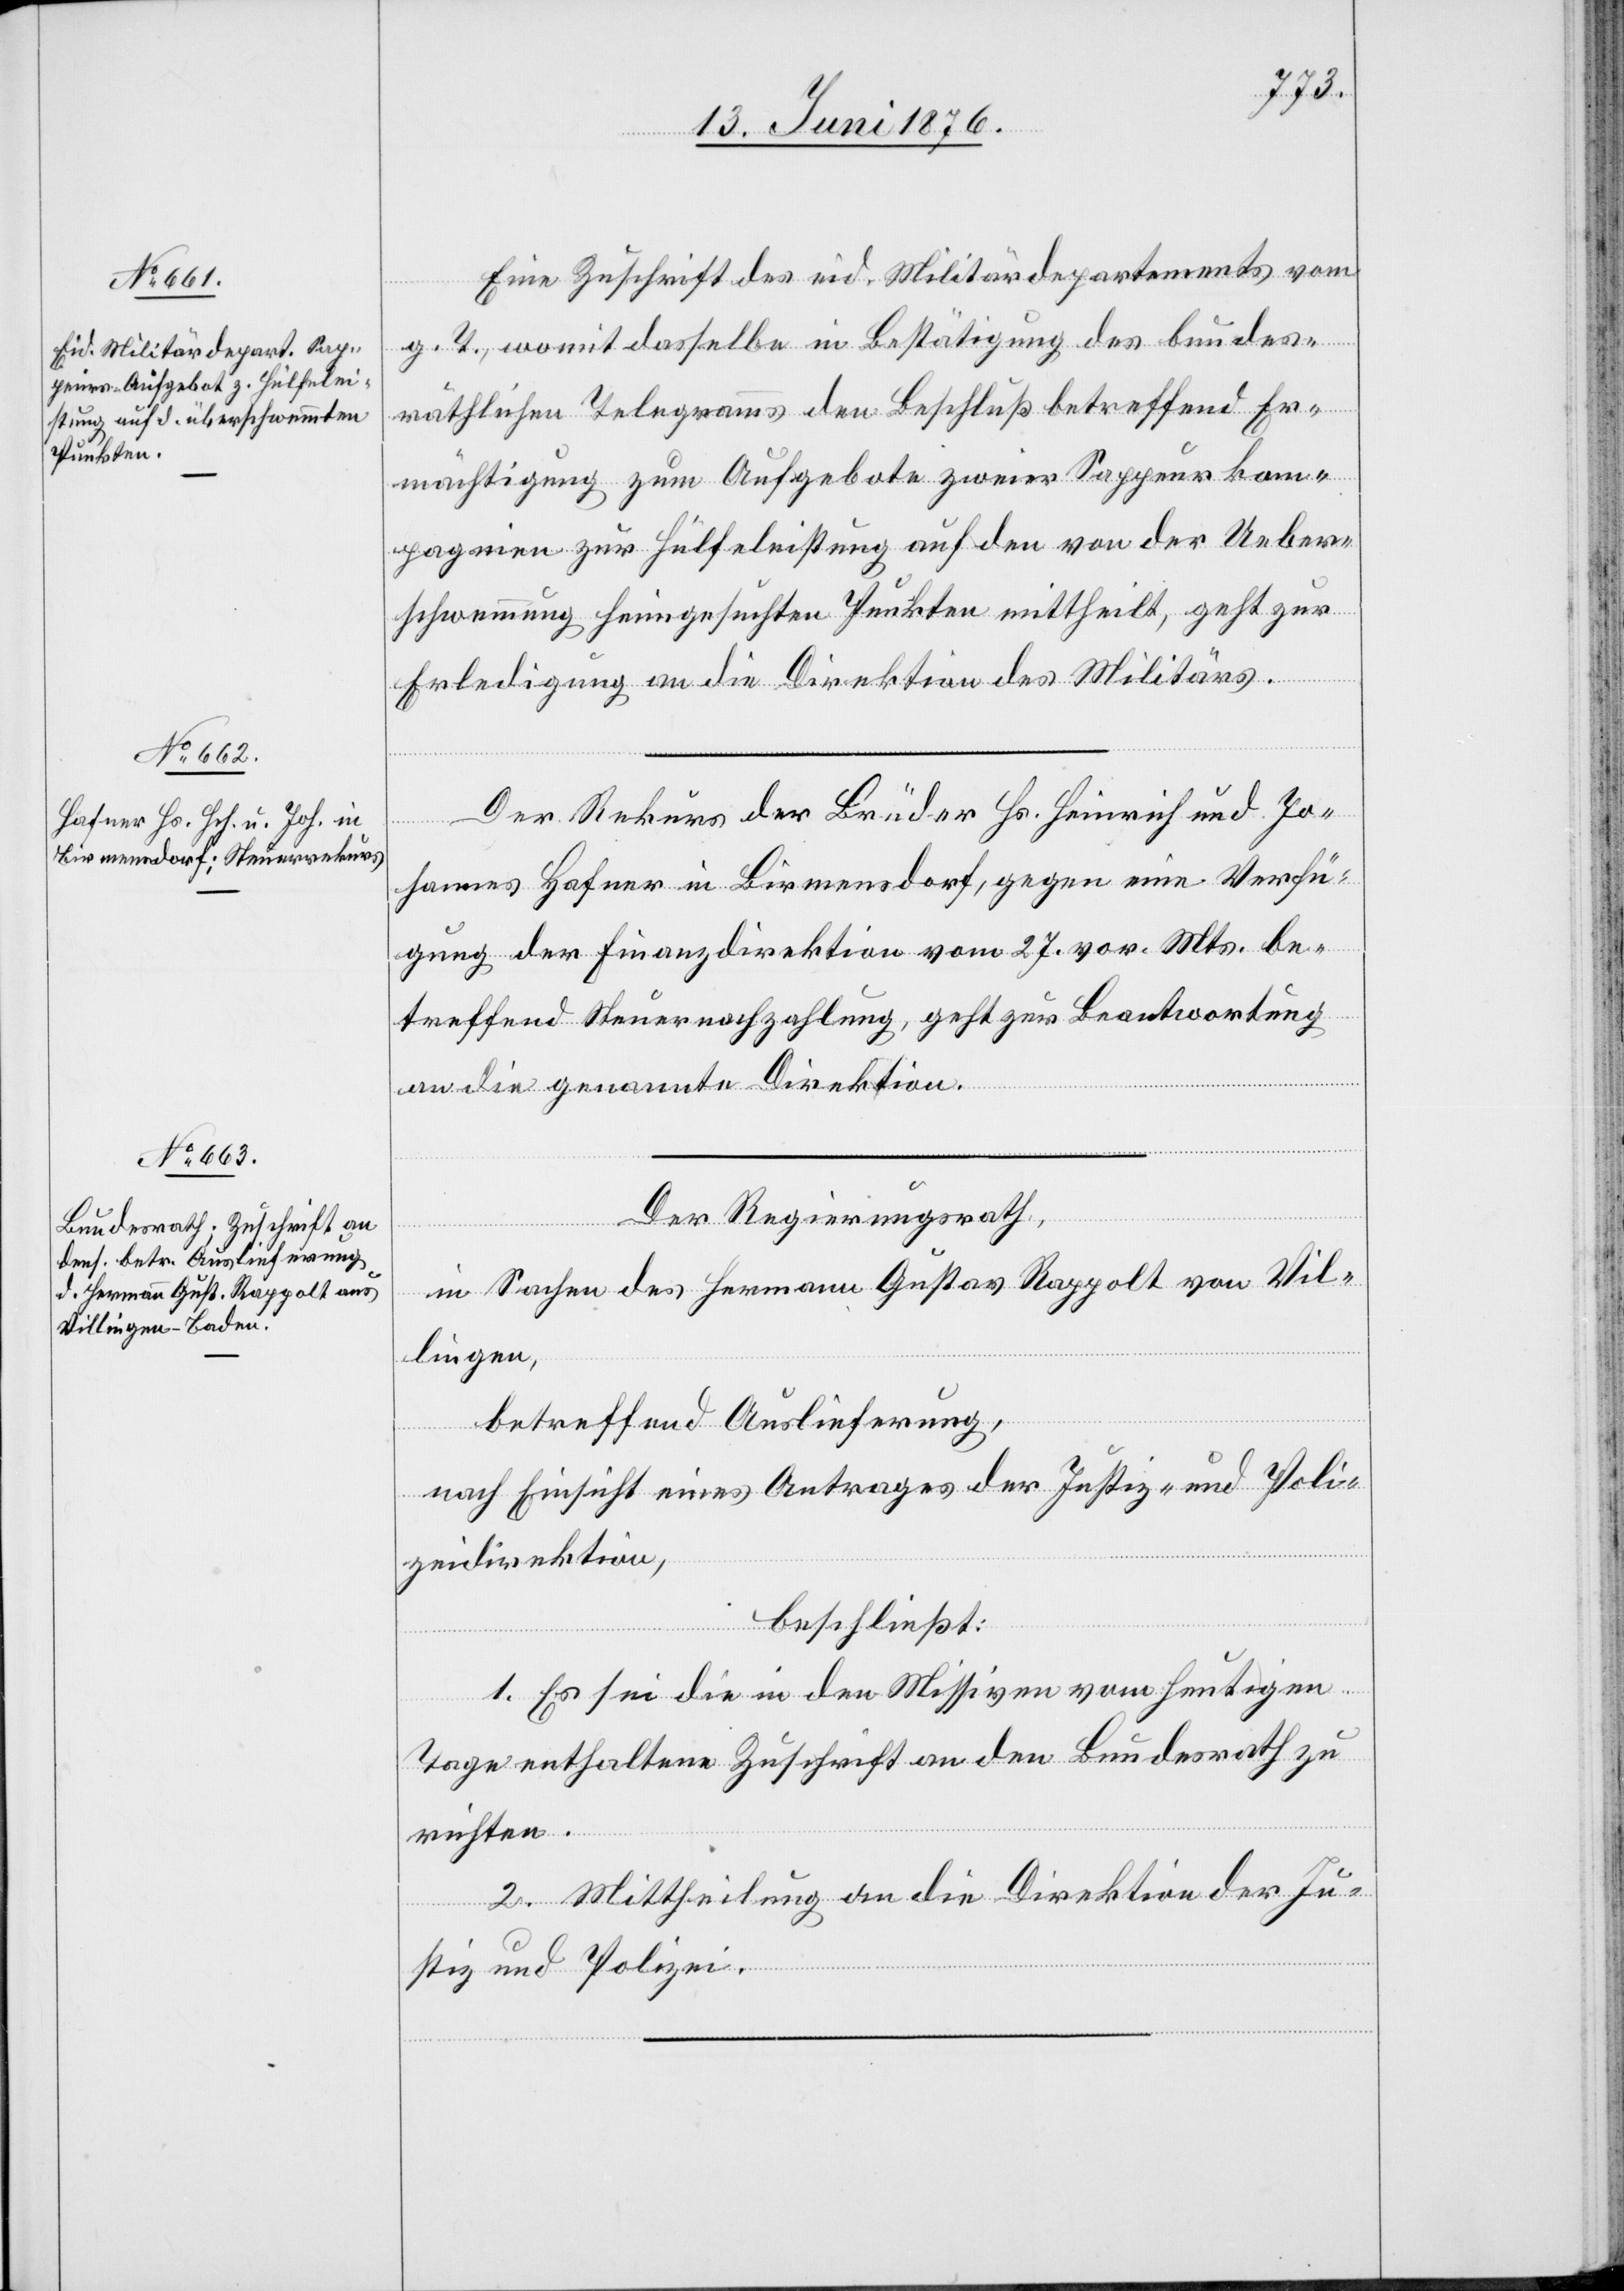
14. Juni 1876.]
Eine Zuschrift des eid. Militärdepartements vom
g. T., womit dasselbe in Bestätigung des bundes¬
räthlichen Telegramms den Beschluß betreffend Er¬
mächtigung zum Aufgebote zweier Sappeurkom¬
pagnien zur Hülfeleistung auf den von der Ueber¬
schwemmung heimgesuchten Punkten mittheilt, geht zur
Erledigung an die Direktion des Militärs.
Der Rekurs der Brüder Hs. Heinrich und Jo¬
hannes Hafner in Birmensdorf, gegen eine Verfü¬
gung der Finanzdirektion vom 27. vor. Mts. be¬
treffend Steuernachzahlung, geht zur Beantwortung
an die genannte Direktion.
Der Regierungsrath,
in Sachen des Hermann Gustav Rappolt von Vil¬
lingen,
betreffend Auslieferung,
nach Einsicht eines Antrages der Justiz- und Poli¬
zeidirektion,
beschließt:
1. Es sei die in den Missiven vom heutigen
Tage enthaltene Zuschrift an den Bundesrath zu
richten.
2. Mittheilung an die Direktion der Ju¬
stiz und Polizei.